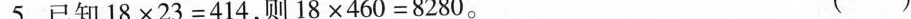
5.已知 $$1 8 × 2 3 = 4 1 4$$ ，则 $$1 8 \times 4 6 0 = 8 2 8 0$$。 ( )